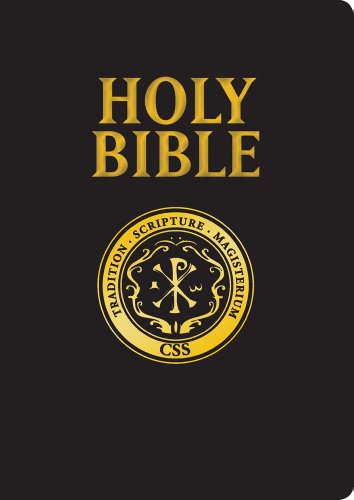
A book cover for Catholic Scripture Study Bible: RSV-CE Large Print Edition; Religion & Spirituality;